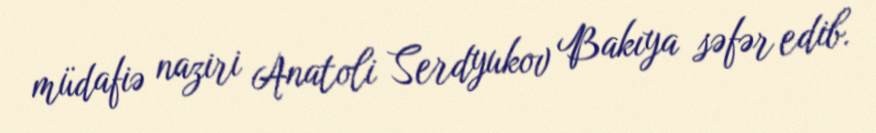
müdafiə naziri Anatoli Serdyukov Bakıya səfər edib.